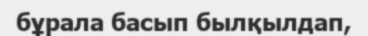
бұрала басып былқылдап,